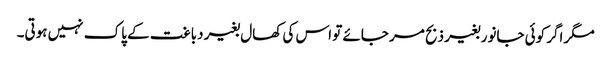
مگر اگر کوئی جانور بغیر ذبح مر جائے تو اس کی کھال بغیر دباغت کے پاک نہیں ہوتی۔